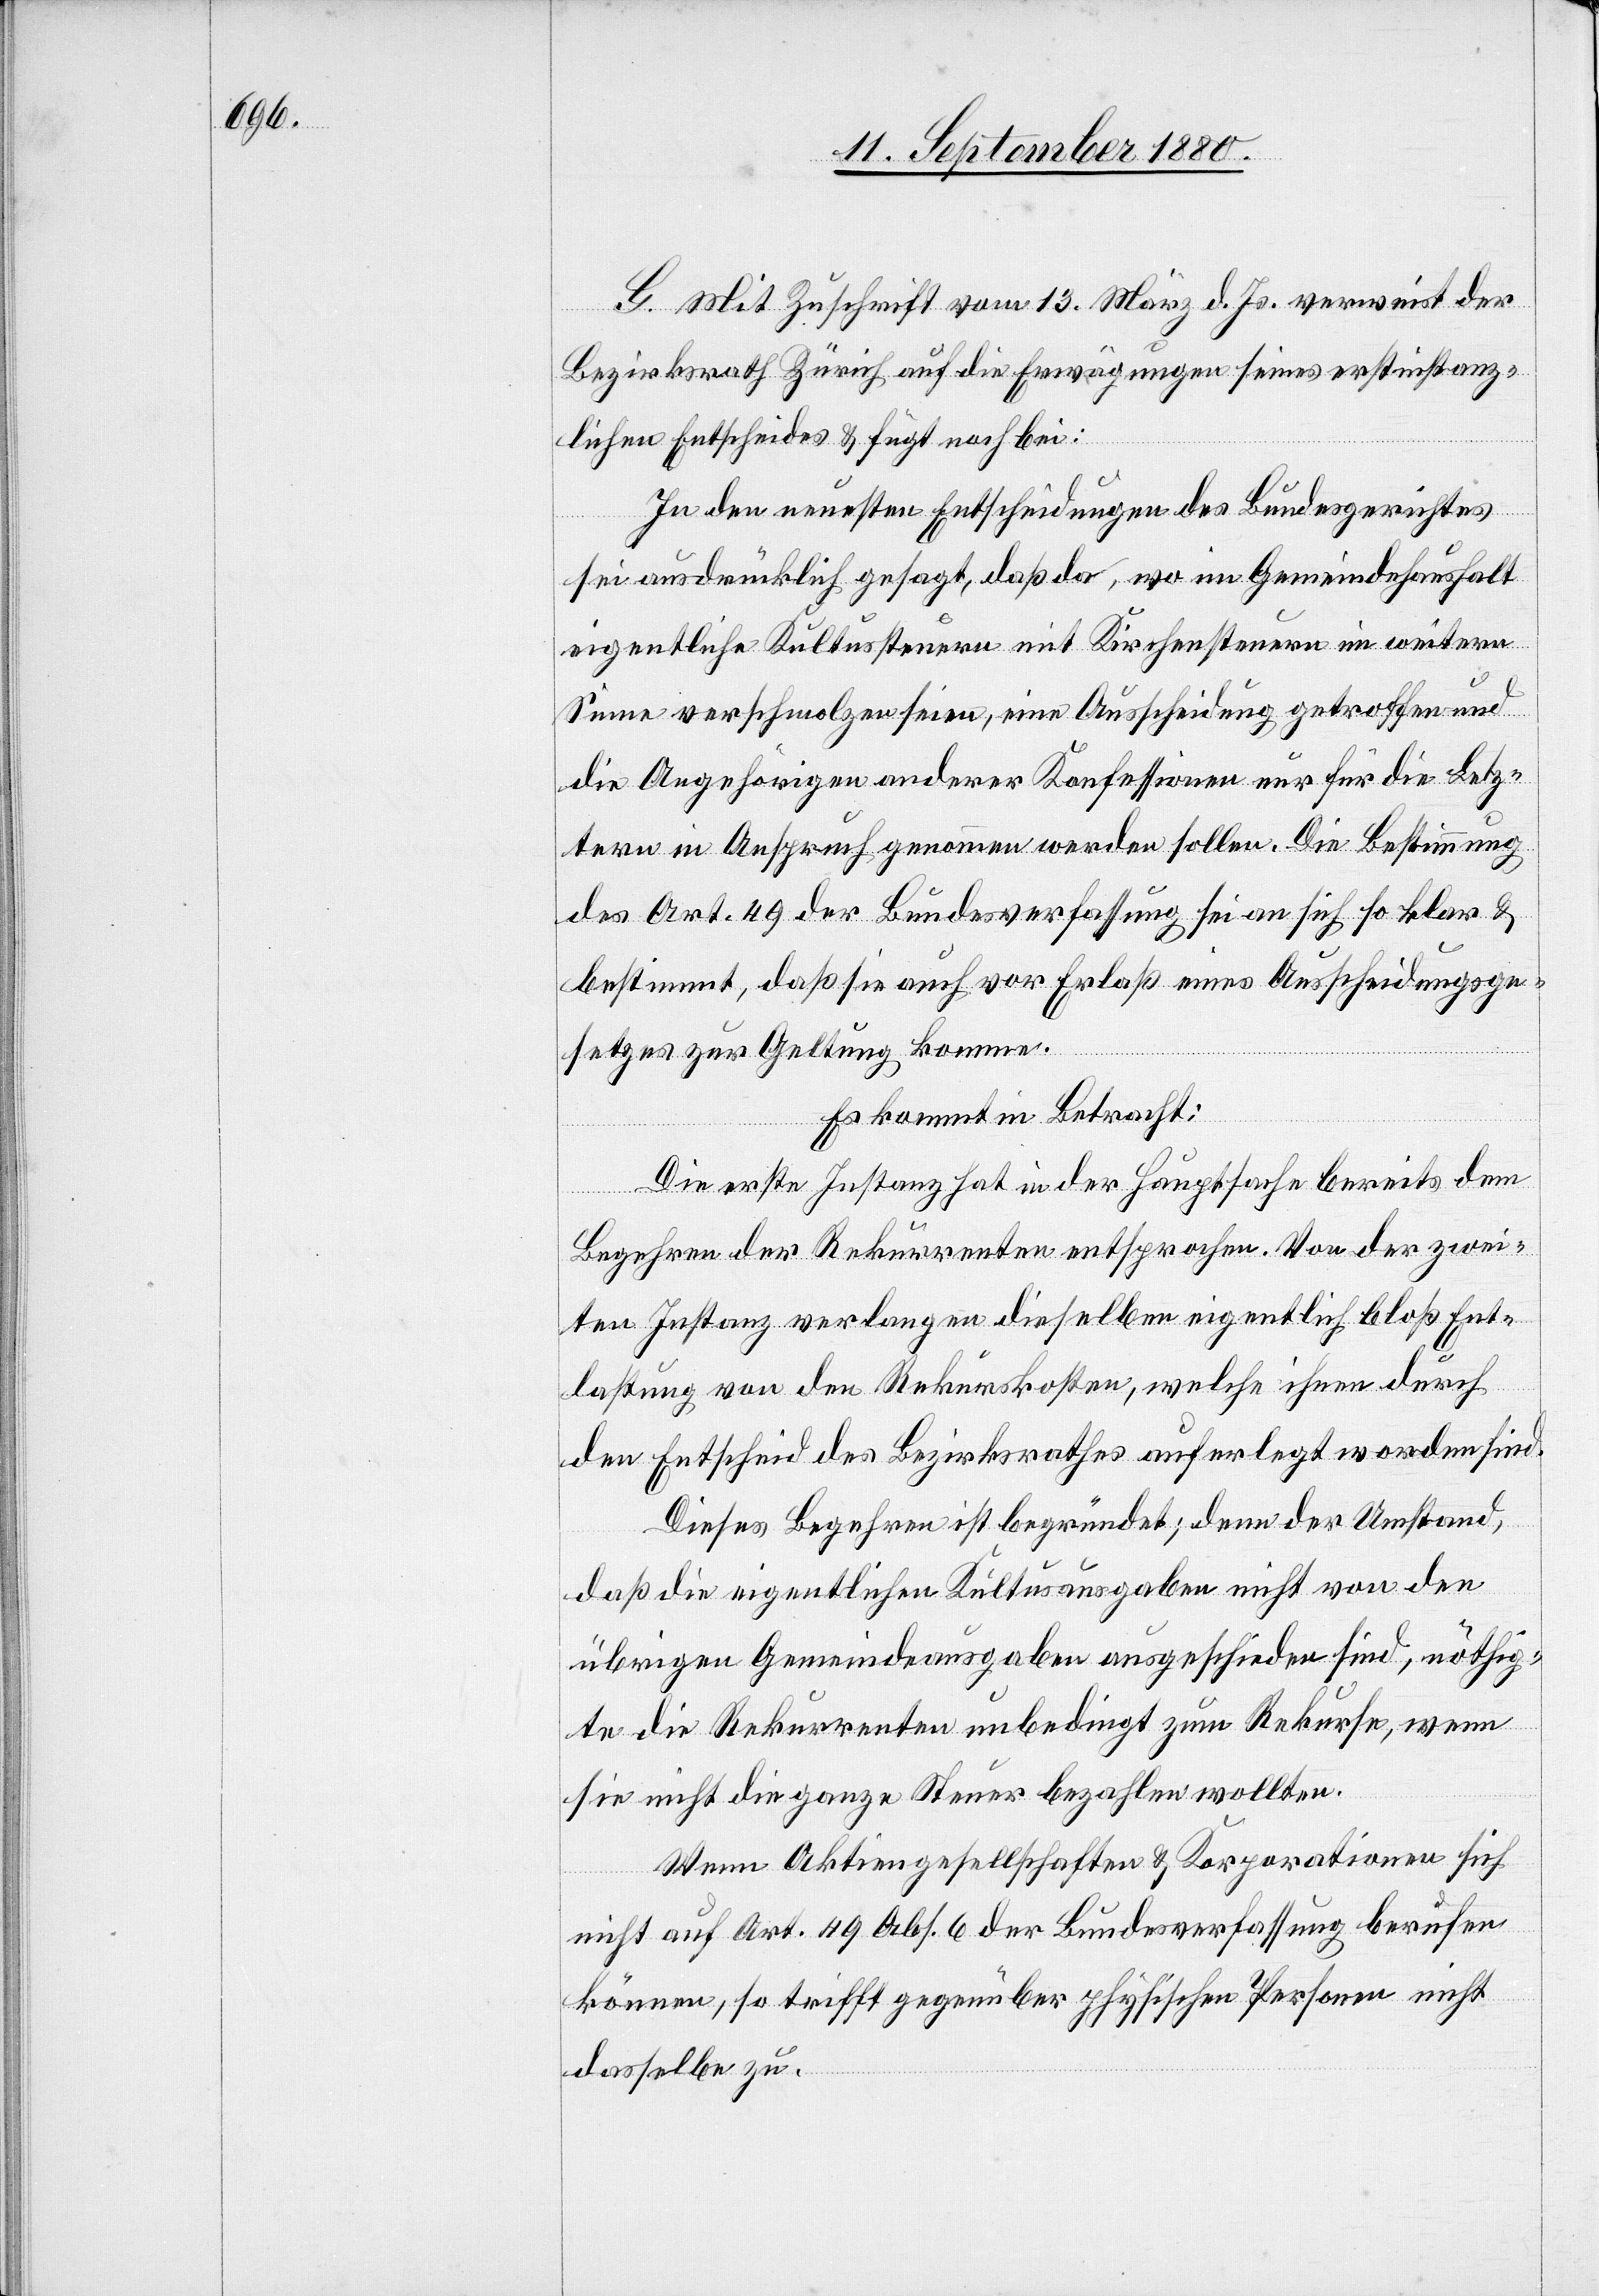
G. Mit Zuschrift vom 13. März d. Js. verweist der
Bezirksrath Zürich auf die Erwägungen seines erstinstanz¬
lichen Entscheides & fügt noch bei:
In den neuesten Entscheidungen des Bundesgerichtes
sei ausdrücklich gesagt, daß da, wo im Gemeindehaushalt
eigentliche Kultussteuern mit Kirchensteuern im weitern
Sinne verschmolzen seien, eine Ausscheidung getroffen und
die Angehörigen anderer Konfessionen nur für die Letz¬
tern in Anspruch genommen werden sollen. Die Bestimmung
des Art. 49 der Bundesverfassung sei an sich so klar &
bestimmt, daß sie auch vor Erlaß eines Ausscheidungsge¬
setzes zur Geltung komme.
Es kommt in Betracht:
Die erste Instanz hat in der Hauptsache bereits dem
Begehren der Rekurrenten entsprochen. Von der zwei¬
ten Instanz verlangen dieselben eigentlich bloß Ent¬
lastung von den Rekurskosten, welche ihnen durch
den Entscheid des Bezirksrathes auferlegt worden sind.
Dieses Begehren ist begründet; denn der Umstand,
daß die eigentlichen Kultusausgaben nicht von den
übrigen Gemeindeausgaben ausgeschieden sind, nöthig¬
en die Rekurrenten unbedingt zum Rekurse, wenn
sie nicht die ganze Steuer bezahlen wollten.
Wenn Aktiengesellschaften & Korporationen sich
nicht auf Art. 49 Abs. 6 der Bundesverfassung berufen
können, so trifft gegenüber physischen Personen nicht
dasselbe zu.